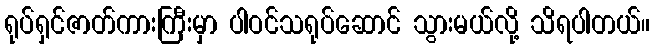
ရုပ်ရှင်ဇာတ်ကားကြီးမှာ ပါဝင်သရုပ်ဆောင် သွားမယ်လို့ သိရပါတယ်။